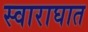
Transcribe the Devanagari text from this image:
स्वाराघात